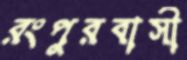
রংপুরবাসী